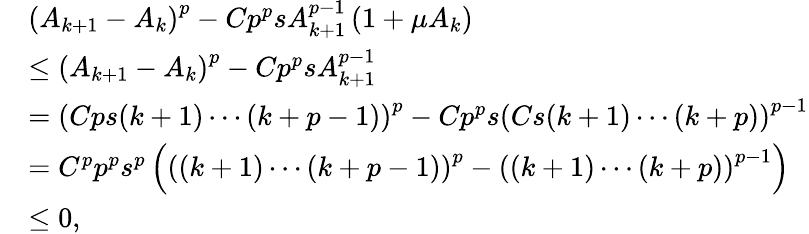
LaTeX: \begin{array}{rl}&{\left(A_{k+1}-A_{k}\right)^{p}-Cp^{p}sA_{k+1}^{p-1}\left(1+\mu A_{k}\right)}\\ &{\leq\left(A_{k+1}-A_{k}\right)^{p}-Cp^{p}sA_{k+1}^{p-1}}\\ &{=\left(Cps(k+1)\cdots(k+p-1)\right)^{p}-Cp^{p}s\left(Cs(k+1)\cdots(k+p)\right)^{p-1}}\\ &{=C^{p}p^{p}s^{p}\left(\left((k+1)\cdots(k+p-1)\right)^{p}-\left((k+1)\cdots(k+p)\right)^{p-1}\right)}\\ &{\leq 0,}\end{array}